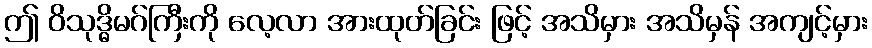
ဤ ဝိသုဒ္ဓိမဂ်ကြီးကို လေ့လာ အားထုတ်ခြင်း ဖြင့် အသိမှား အသိမှန် အကျင့်မှား